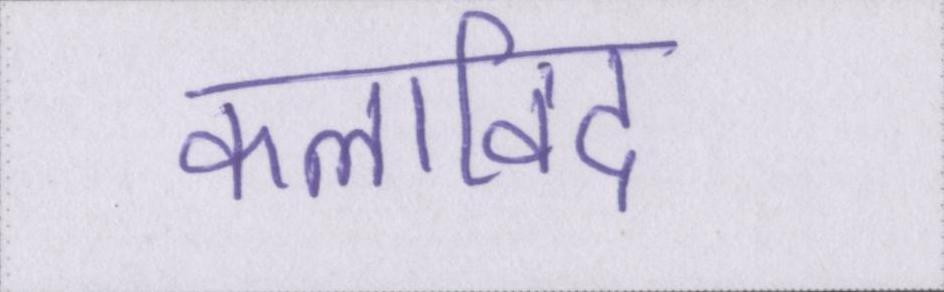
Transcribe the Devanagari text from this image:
कलाविद